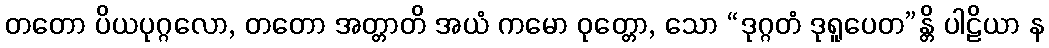
တတော ပိယပုဂ္ဂလော, တတော အတ္တာတိ အယံ ကမော ဝုတ္တော, သော “ဒုဂ္ဂတံ ဒုရူပေတ”န္တိ ပါဠိယာ န